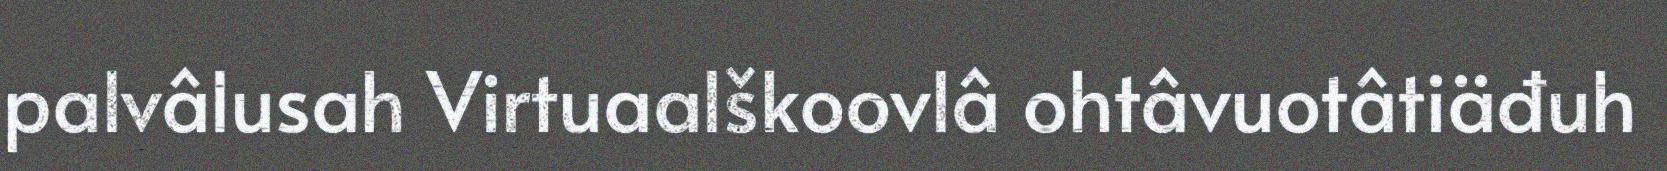
palvâlusah Virtuaalškoovlâ ohtâvuotâtiäđuh